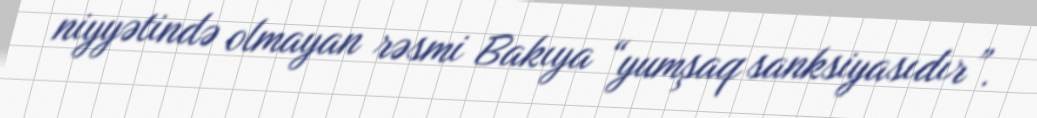
niyyətində olmayan rəsmi Bakıya “yumşaq sanksiyasıdır”.